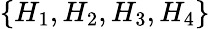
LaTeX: \{ H_{1},H_{2},H_{3},H_{4}\}